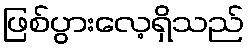
ဖြစ်ပွားလေ့ရှိသည်